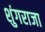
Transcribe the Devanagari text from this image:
शुंगराजा